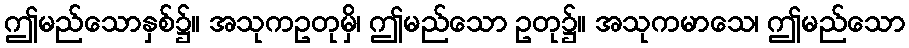
ဤမည်သောနှစ်၌။ အသုကဥတုမှိ၊ ဤမည်သော ဥတု၌။ အသုကမာသေ၊ ဤမည်သော